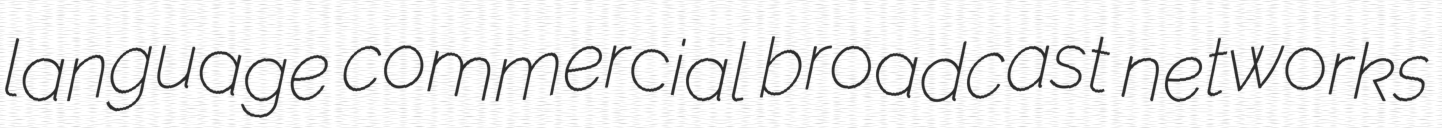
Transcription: language commercial broadcast networks